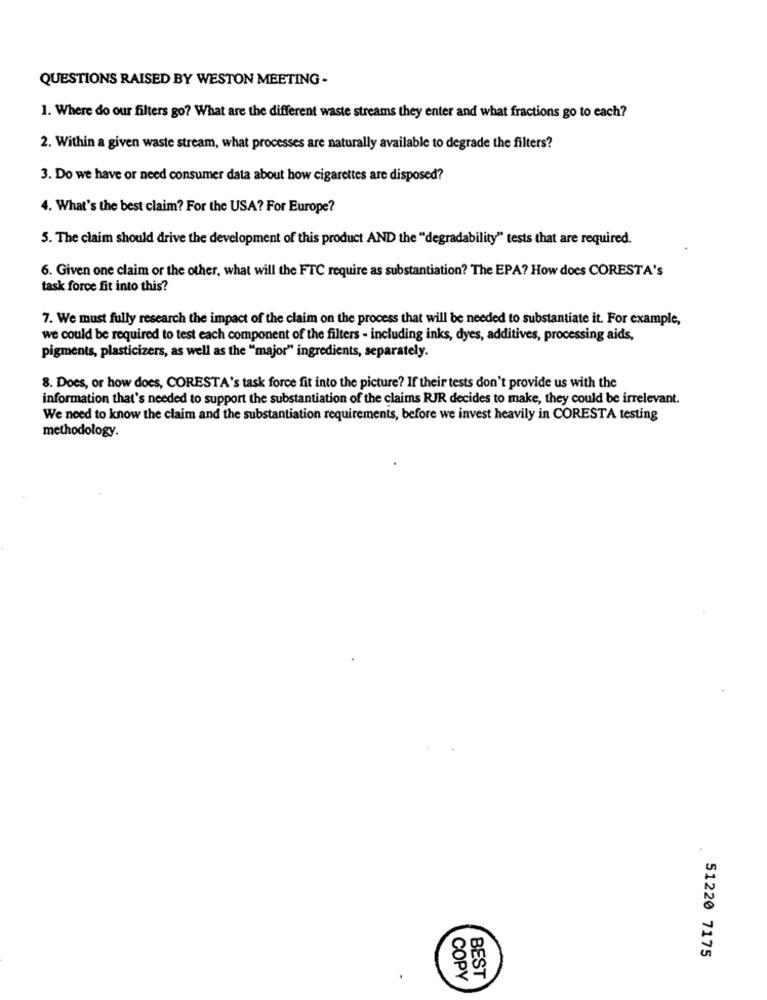
QUESTIONS RAISED BY WESTON MEETING -
1. Where do our filters go? What are the different waste streams they enter and what fractions go to each?
2. Within a given waste stream, what processes are naturally available to degrade the filters?
3. Do we have or need consumer data about how cigarettes are disposed?
4. What's the best claim? For the USA? For Europe?
5. The claim should drive the development of this product AND the "degradability" tests that are required.
6. Given one claim or the other, what will the FTC require as substantiation? The EPA? How does CORESTA's
task force fit into this?
7. We must fully research the impact of the claim on the process that will be needed to substantiate it. For example,
we could be required to test each component of the filters - including inks, dyes, additives, processing aids,
pigments, plasticizers, as well as the "major" ingredients, separately.
8. Does, or how does, CORESTA's task force fit into the picture? If their tests don't provide us with the
information that's needed to support the substantiation of the claims RJR decides to make, they could be irrelevant.
We need to know the claim and the substantiation requirements, before we invest heavily in CORESTA testing
methodology.
51220 7175
COPY
BEST